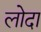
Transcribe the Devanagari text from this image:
लोदा